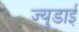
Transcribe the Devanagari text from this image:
ज्युडाई